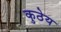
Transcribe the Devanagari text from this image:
कुठेय